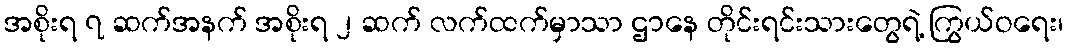
အစိုးရ ၇ ဆက်အနက် အစိုးရ ၂ ဆက် လက်ထက်မှာသာ ဌာနေ တိုင်းရင်းသားတွေရဲ့ ကြွယ်ဝရေး၊